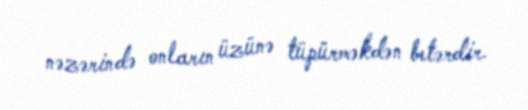
nəzərində onların üzünə tüpürməkdən betərdir.